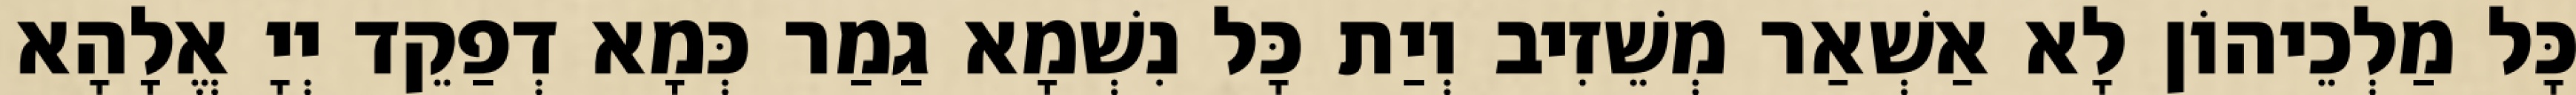
כָּל מַלְכֵיהוֹן לָא אַשְׁאַר מְשֵׁזִיב וְיַת כָּל נִשְׁמָא גַמַר כְּמָא דְפַקֵד יְיָ אֱלָהָא